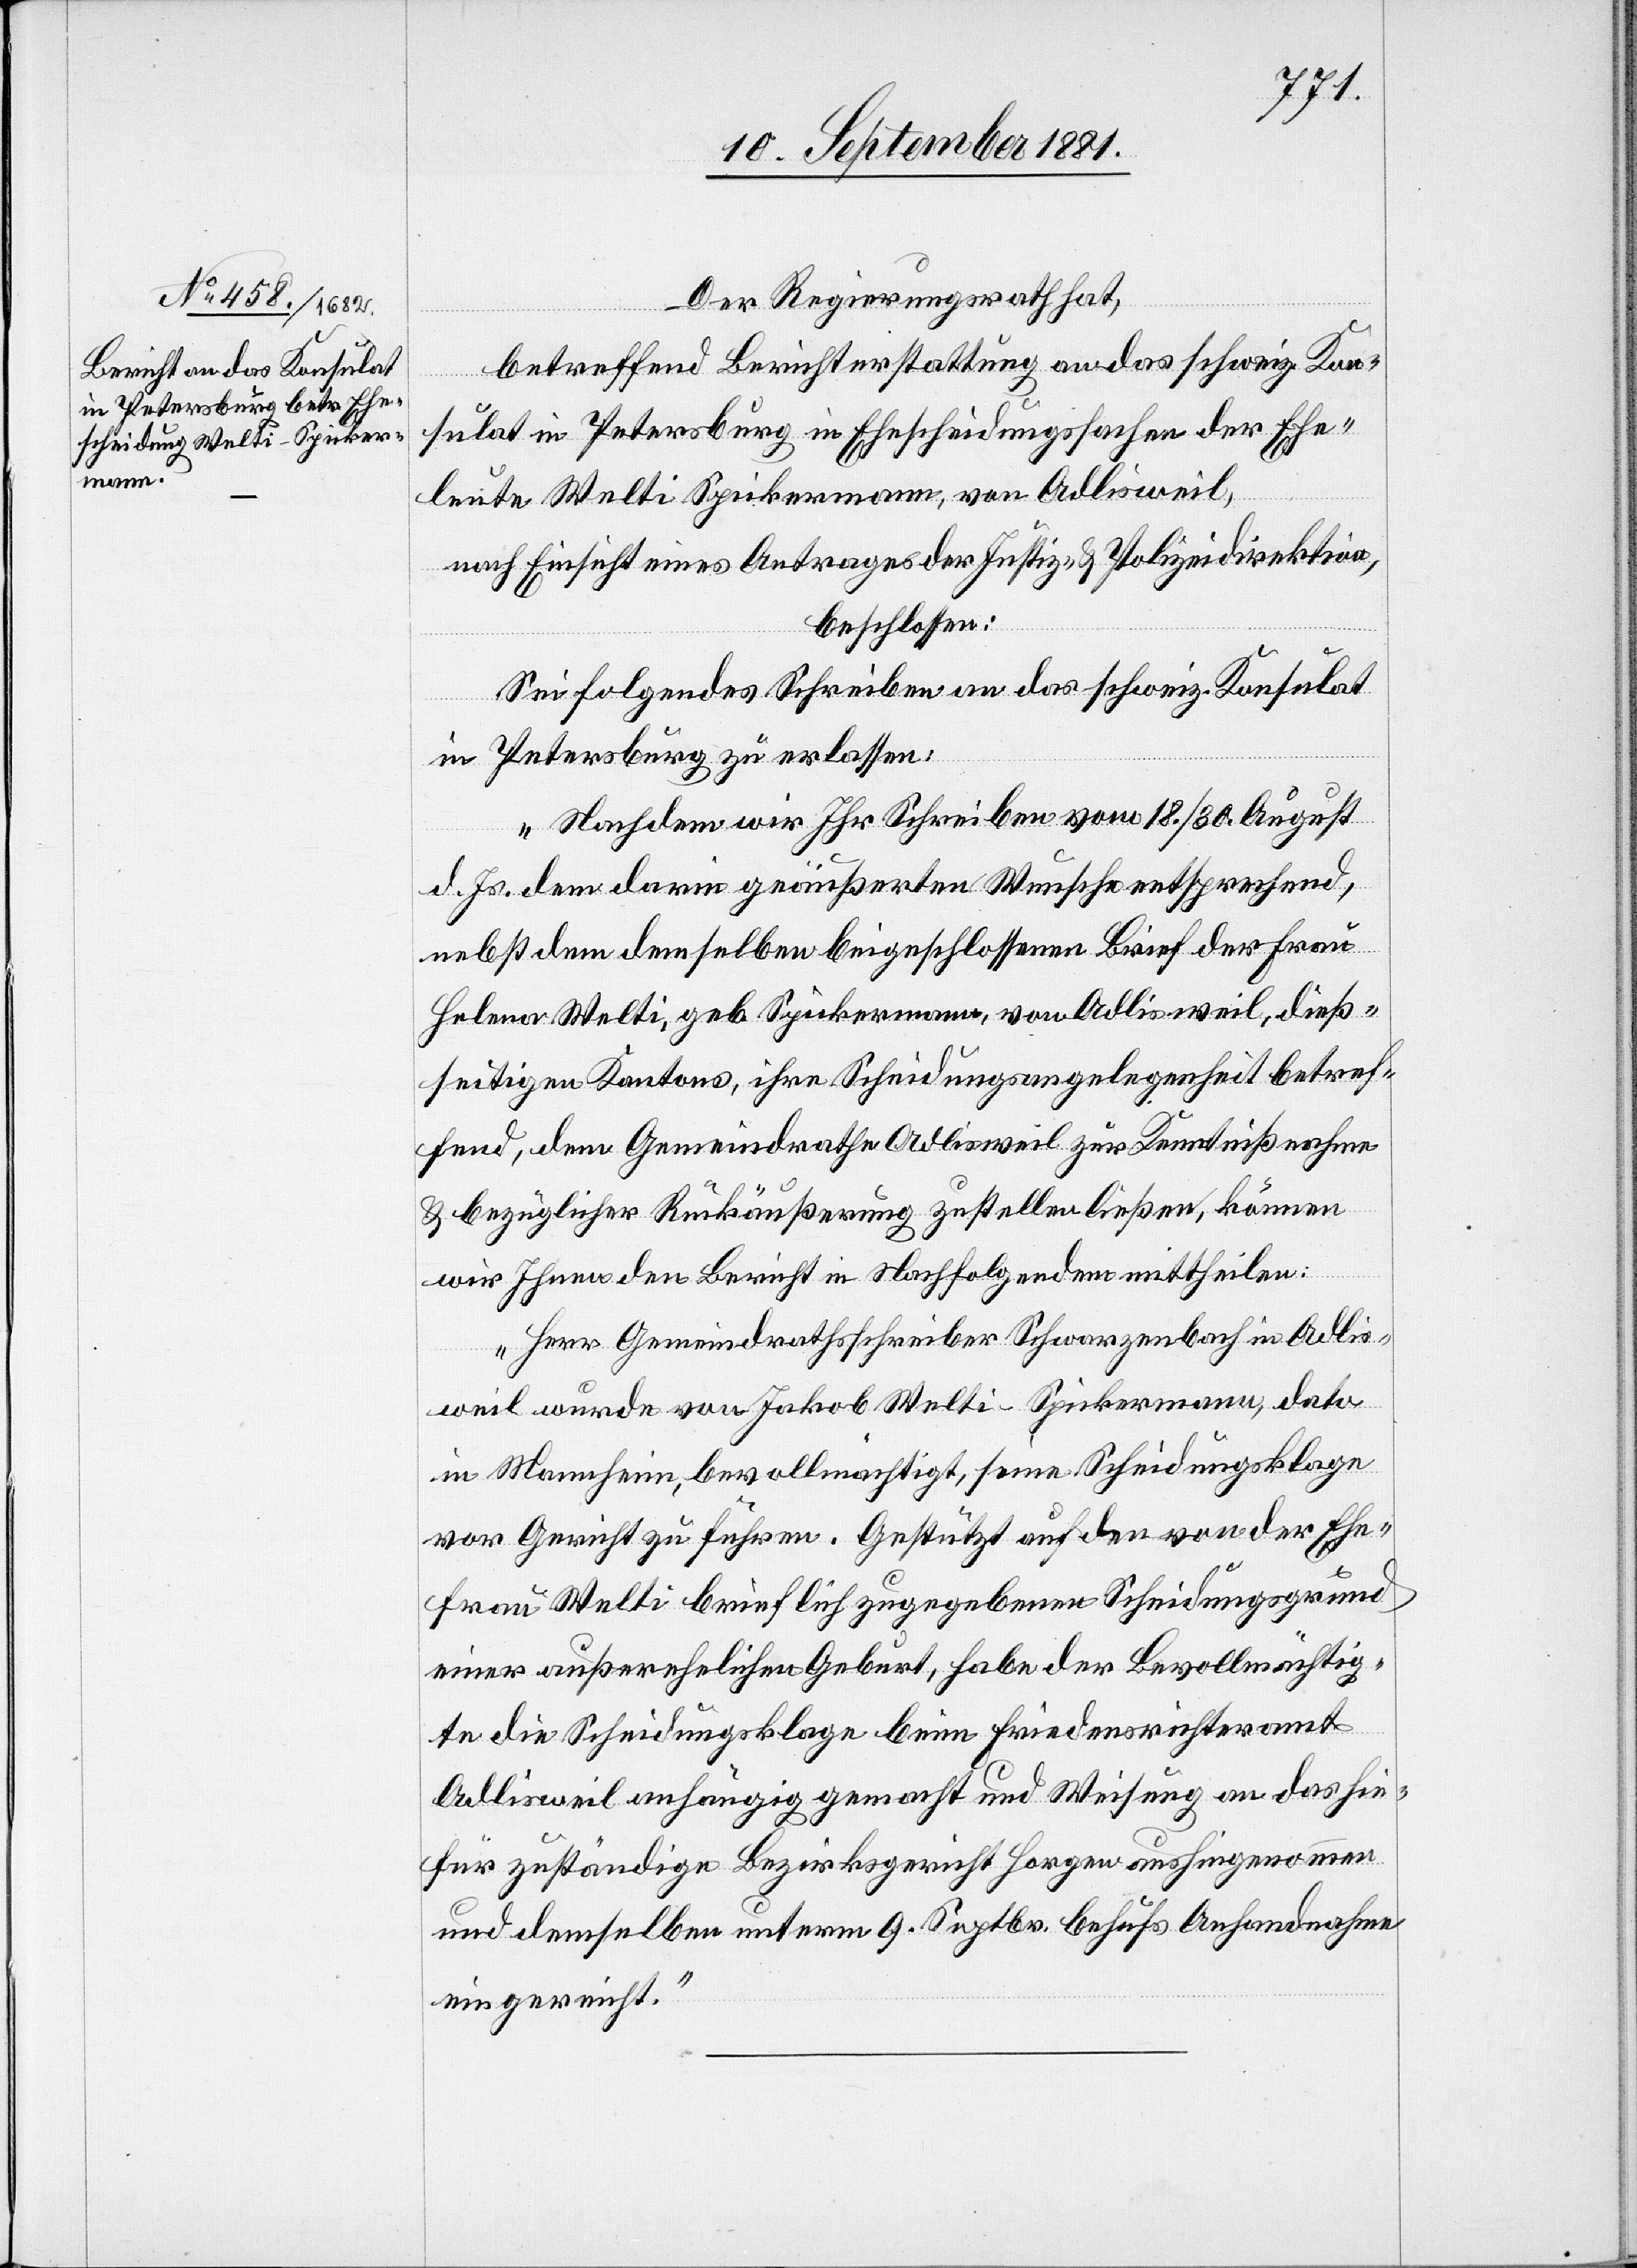
Der Regierungsrath hat,
betreffend Berichterstattung an das schweiz. Kon¬
sulat in Petersburg in Ehescheidungssachen der Ehe¬
leute Welti Spickermann, von Adlisweil,
nach Einsicht eines Antrages der Justiz- & Polizeidirektion,
beschlossen:
Sei folgendes Schreiben an das schweiz. Konsulat
in Petersburg zu erlassen:
„Nachdem wir Ihr Schreiben vom 18./30. August
d. Js. dem darin geäußerten Wunsche entsprechend,
nebst dem demselben beigeschlossenen Brief der Frau
Helena Welti, geb. Spickermann, von Adlisweil, dieß¬
seitigen Kantons, ihre Scheidungsangelegenheit betref¬
fend, dem Gemeindrathe Adlisweil zur Kenntnißnahme
& bezüglicher Rückäußerung zustellen ließen, können
wir Ihnen den Bericht in Nachfolgendem mittheilen:
Herr Gemeindrathsschreiber Schwarzenbach in Adlis¬
weil wurde von Jakob Welti- Spickermann, dato
in Mannheim, bevollmächtigt, seine Scheidungsklage
vor Gericht zu führen. Gestützt auf den von der Ehe¬
frau Welt brieflich zugegebenen Scheidungsgrund
einer außerehelichen Geburt, habe der Bevollmächtig¬
te die Scheidungsklage beim Friedensrichteramt
Adlisweil anhängig gemacht und Weisung an das hie¬
für zuständige Bezirksgericht Horgen aushingenommen
und demselben unterm 9. Septbr. behufs Anhandnahme
eingereicht.“